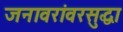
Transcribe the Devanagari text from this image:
जनावरांवरसुद्धा